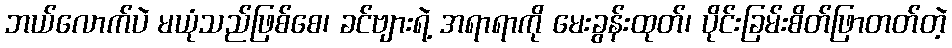
ဘယ်လောက်ပဲ မယုံသည်ဖြစ်စေ၊ ခင်ဗျားရဲ့ အရာရာကို မေးခွန်းထုတ်၊ ပိုင်းခြမ်းစိတ်ဖြာတတ်တဲ့